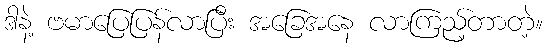
ဒါနဲ့ ဗမာပြေပြန်လာပြီး အခြေအနေ လာကြည့်တာတဲ့။